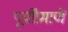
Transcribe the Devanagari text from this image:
पूर्वींप्रमाणें